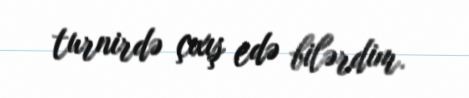
turnirdə çıxış edə bilərdim.